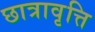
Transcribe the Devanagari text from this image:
छात्रावृत्ति